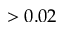
> 0 . 0 2